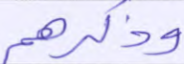
وذكرهم